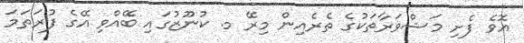
އޮވެ ފެށި މަޝްވަރާތަކުގެ ތެރެއިން މިރޭ މ. ކުނޫޒުގައި ބޭއްވި އޭގެ ފުރަތަމަ